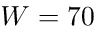
W = 7 0